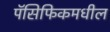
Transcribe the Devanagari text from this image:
पॅसिफिकमधील